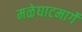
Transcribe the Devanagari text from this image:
मळेघाटमार्गे